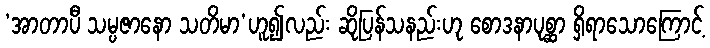
‘အာတာပီ သမ္ပဇာနော သတိမာ’ဟူ၍လည်း ဆိုပြန်သနည်းဟု စောဒနာပုစ္ဆာ ရှိရာသောကြောင့်